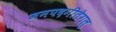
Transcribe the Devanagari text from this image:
जनपदगीतेगलु